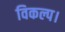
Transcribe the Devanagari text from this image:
विकल्प।